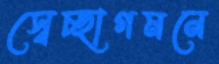
স্বেচ্ছাগমনে